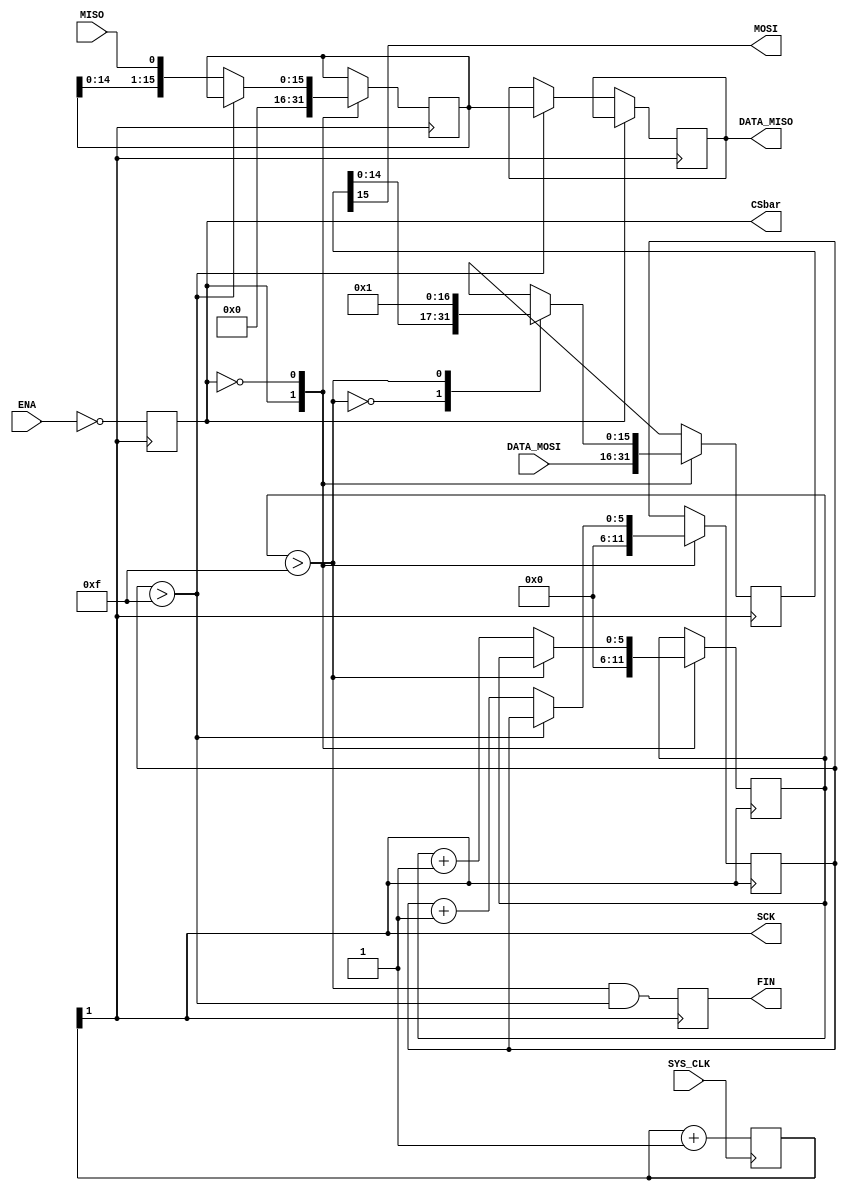
//=================================================
// SPI MASTER MODULE - ADC
//=================================================
module SPI_MASTER_ADC # (parameter outBits = 16)(
	input					SYS_CLK,
	input 				ENA,
	input		[15:0]	DATA_MOSI,
	input 				MISO,
	output  				MOSI,
	output  	reg		CSbar,
	output 				SCK,
	output  	reg		FIN,
	output  	[15:0]	DATA_MISO
	);	

//~~~~~~~~~~~~~~~~~~~~~~~~~~~~~~~~~~~~~~~~~~~~~~~~~	
// Initial setup:
//~~~~~~~~~~~~~~~~~~~~~~~~~~~~~~~~~~~~~~~~~~~~~~~~~	
	reg	[(outBits-1):0]	data_in 				= 0;			// Temp storage for MISO data
	reg	[(outBits-1):0]	data_in_final 		= 0;			// Storage (HOLD) for MISO data 
	reg	[(outBits-1):0]	data_out 			= 0;			// Temp storage for MOSI data
	reg	[5 			:0]	icounter 			= 0;			// counter for MISO data
	reg	[5 			:0]	ocounter 			= 0;			// counter for MOSI data
	
	
	// Generate 16.25MHz clock:
	reg	[1:0]				CLK_16;
	always @(posedge SYS_CLK)
		CLK_16 <= CLK_16 + 1;
	
	wire SPI_CLK = CLK_16[1];
	
	
	
	
	assign SCK 				= SPI_CLK;
	
	assign DATA_MISO 		= data_in_final;
	
	// Synchronous Enable:
	always @(posedge SPI_CLK)
		CSbar					<= ~ENA;
	
	// Synchronous Finish signal:
	always @(posedge SPI_CLK)
		FIN 					<= (ocounter > (outBits-1)) & (icounter > (outBits-1));
	
//~~~~~~~~~~~~~~~~~~~~~~~~~~~~~~~~~~~~~~~~~~~~~~~~~	
// MISO Component (Master Input/Slave Output):
//~~~~~~~~~~~~~~~~~~~~~~~~~~~~~~~~~~~~~~~~~~~~~~~~~	
	always @(posedge SPI_CLK) begin
		case (CSbar)
		1'b1: begin
			icounter 	<= 0;
			data_in		<= 0;
		end

		1'b0: begin			
			case (icounter > (outBits-1))
			1'b0: begin
				data_in 		<= {data_in[(outBits-2):0], MISO};
				
				icounter 	<= icounter + 1;
			end
			default: 
				data_in_final <= data_in;
			endcase
		end
		endcase
	end
	
	
	
	
//~~~~~~~~~~~~~~~~~~~~~~~~~~~~~~~~~~~~~~~~~~~~~~~~~	
// MOSI Component (Master Output/Slave Input):
//~~~~~~~~~~~~~~~~~~~~~~~~~~~~~~~~~~~~~~~~~~~~~~~~~
	assign MOSI 				= data_out[(outBits-1)];
	
	always @(posedge SPI_CLK) begin
		case (CSbar)
		1'b1: begin				
			ocounter				<= 0;
			data_out 			<= DATA_MOSI;	
		end
		1'b0: begin
			case (ocounter >  (outBits-1))
			1'b0: begin
				data_out 		<= {data_out[(outBits-2):0], 1'b0};
				
				ocounter 		<= ocounter + 1;
			end
			1'b1:	begin
				data_out			<= 1;
			end
			endcase
		end
		endcase
	end

endmodule
//=================================================
// END SPI MASTER MODULE - ADC
//=================================================